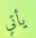
يأتي